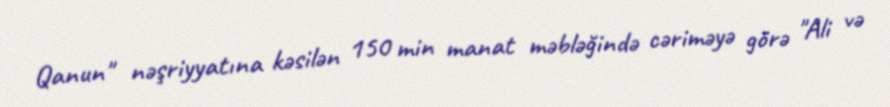
Qanun" nəşriyyatına kəsilən 150 min manat məbləğində cəriməyə görə "Ali və